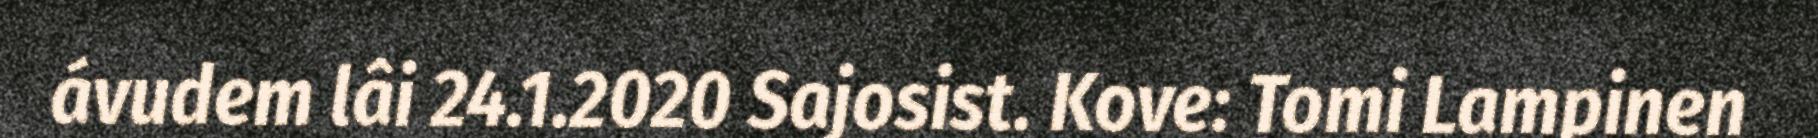
ávudem lâi 24.1.2020 Sajosist. Kove: Tomi Lampinen